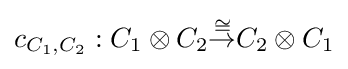
c_{C_{1},C_{2}}:C_{1}\otimes C_{2}{\stackrel {\cong }{\rightarrow }}C_{2}\otimes C_{1}